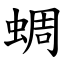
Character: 蜩